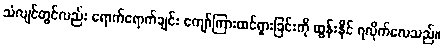
သံလျင်တွင်လည်း ရောက်ရောက်ချင်း ကျော်ကြားထင်ရှားခြင်းကို ထွန်းနိုင် ရလိုက်လေသည်။